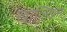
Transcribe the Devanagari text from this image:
खाल्खिन